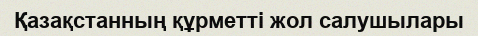
Қазақстанның құрметті жол салушылары